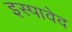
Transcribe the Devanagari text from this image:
इस्पावेद